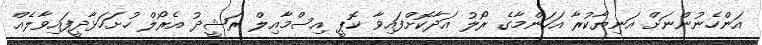
އަންހެނުންނަށް އަނިޔާކުރާ އަހަންމާގެ ރޯލު އަދާކޮށްފައިވާ ކޮޕީ އިސްމާއިލް ރަޝީދު އެރޯލް ހުށަހަޅާދީފައިވާލެއް